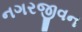
નગરજીવન